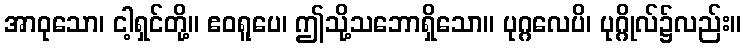
အာဝုသော၊ ငါ့ရှင်တို့။ ဧဝရူပေ၊ ဤသို့သဘောရှိသော။ ပုဂ္ဂလေပိ၊ ပုဂ္ဂိုလ်၌လည်း။